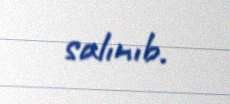
salınıb.